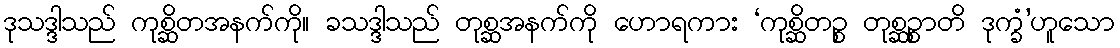
ဒုသဒ္ဒါသည် ကုစ္ဆိတအနက်ကို။ ခသဒ္ဒါသည် တုစ္ဆအနက်ကို ဟောရကား ‘ကုစ္ဆိတဉ္စ တုစ္ဆဉ္စာတိ ဒုက္ခံ’ဟူသော